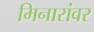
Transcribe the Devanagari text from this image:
मिनारांवर